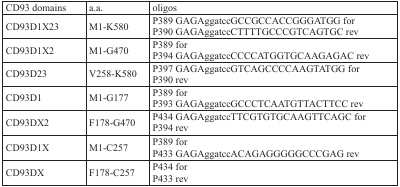
| CD93 domains | a.a. | oligos |
 | --- | --- | --- |
 | CD93D1X23 | M1-K580 | P389 GAGAggatccGCCGCCACCGGGATGG forP390 GAGAggatccCTTTTGCCCGTCAGTGC rev |
 | CD93D1X2 | M1-G470 | P389 forP394 GAGAggatccCCCCATGGTGCAAGAGAC rev |
 | CD93D23 | V258-K580 | P397 GAGAggatccGTCAGCCCCAAGTATGG forP390 rev |
 | CD93D1 | M1-G177 | P389 forP393 GAGAggatccGCCCTCAATGTTACTTCC rev |
 | CD93DX2 | F178-G470 | P434 GAGAggatccTTCGTGTGCAAGTTCAGC forP394 rev |
 | CD93D1X | M1-C257 | P389 forP433 GAGAggatccACAGAGGGGGCCCGAG rev |
 | CD93DX | F178-C257 | P434 forP433 rev |